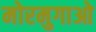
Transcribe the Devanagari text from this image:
मोरमुगाओ